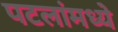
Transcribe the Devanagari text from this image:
पटलांमध्ये